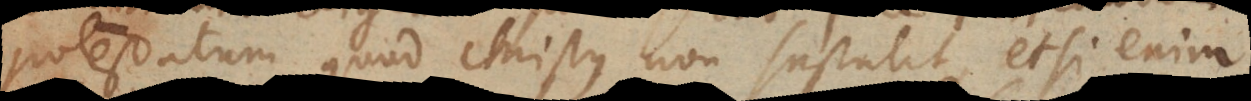
potestatum, quod Christus non sustulit; etsi enim